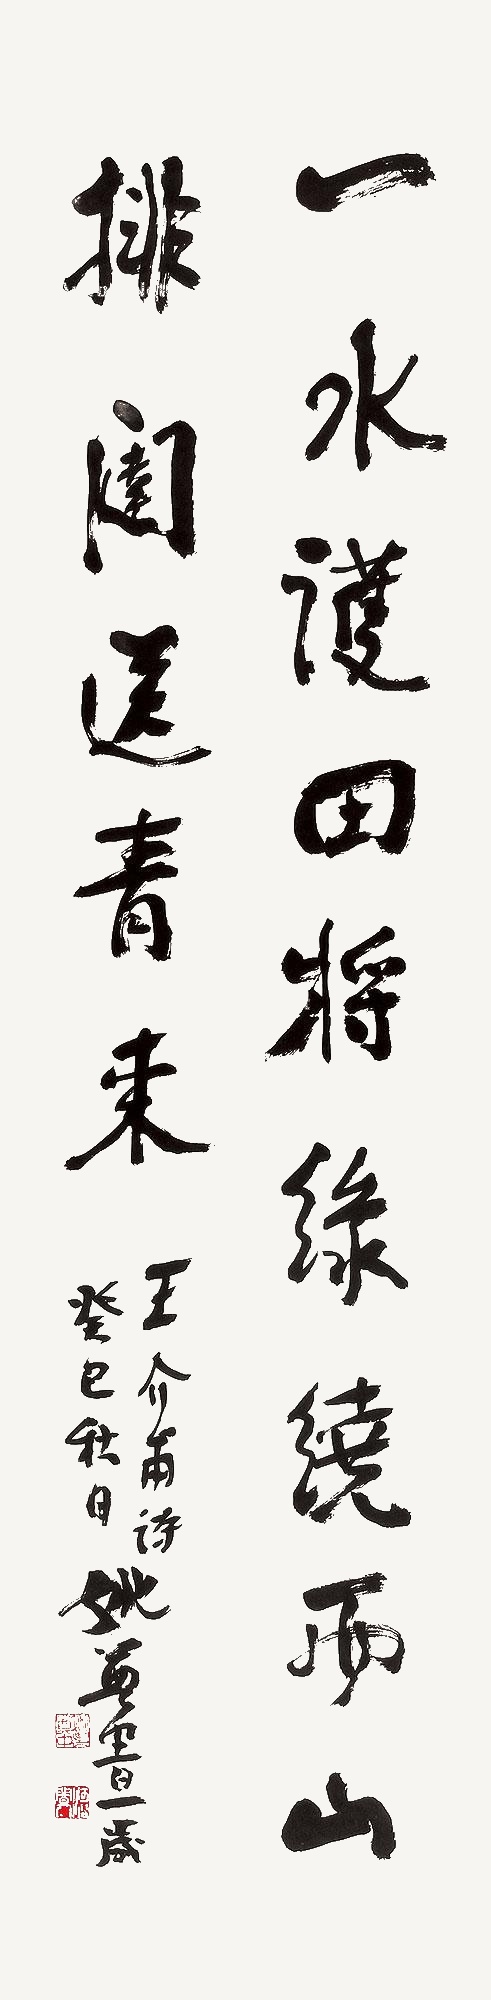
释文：一水护田将绿绕，两山排闼送青来。王介甫诗，癸巳秋日姚奠中百岁。